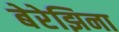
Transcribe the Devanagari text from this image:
बेरेझिना